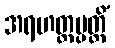
အရဟတ္တပ္ပတ္တိံ